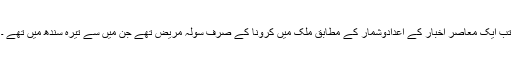
تب ایک معاصر اخبار کے اعدادوشمار کے مطابق ملک میں کرونا کے صرف سولہ مریض تھے جن میں سے تیرہ سندھ میں تھے ۔